Indian journal of veterinary science and animal husbandry - Volumes 24-25, 1954-1955
Year: 1954
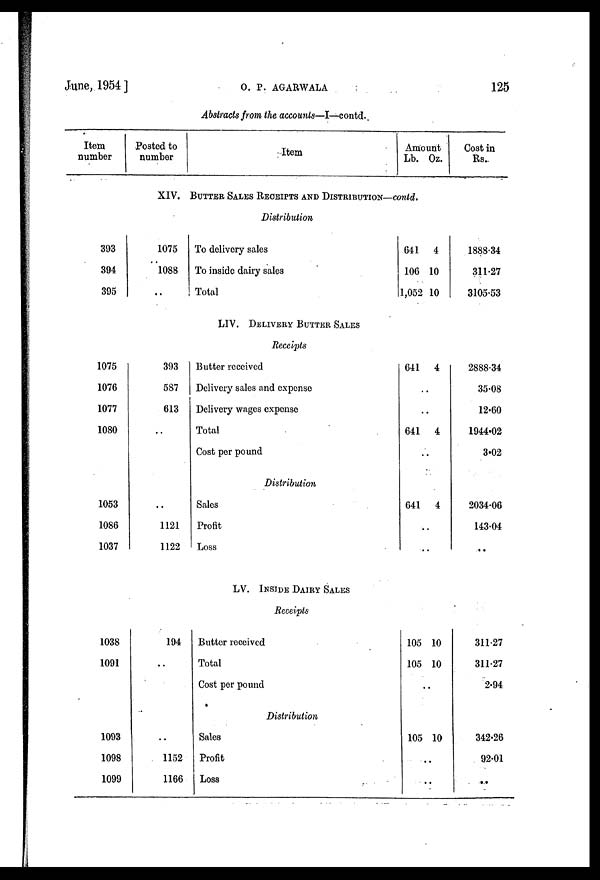
June, 1954 ]
O.
P.
AGARWALA
125
Abstracts from the accounts—I—contd.
Item
number
393
394
395
1075
1076
1077
1080
1053
1086
1037
1038
1091
1093
1098
1099
Posted to
number
Item
Amount
Lb.
XIV. BUTTER SALES RECEIPTS AND DISTRIVUTION—contd.
1075
1088
..
393
587
613
..
..
1121
1122
194
..
1152
1166
Distribution
To delivery sales
To inside dairy sales
Total
LIV. DELIVERY BUTTER SALES
Receipts
Butter received
Delivery sales and expense
Delivery wages expense
Total
Cost per pound
Distribution
Sales
Profit
Loss
LV. INSIDE DAIRY SALES
Receipts
Butter received
Total
Cost per pound
Distribution
Sales
Profit
Loss
641
106
1,052
641
..
..
641
..
..
641
..
..
105
105
..
105
..
..
Oz.
4
10
10
4
4
4
10
10
10
Cost in
Rs.
1888.34
311.27
3105.53
2888.34
35.08
12.60
1944.02
3.02
2034.06
143.04
..
311.27
311.27
2.94
342.26
92.01
..